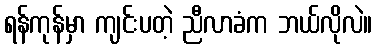
ရန်ကုန်မှာ ကျင်းပတဲ့ ညီလာခံက ဘယ်လိုလဲ။